Lunatic asylums Burma 1907-21 - 1907-1921
Year: 1907
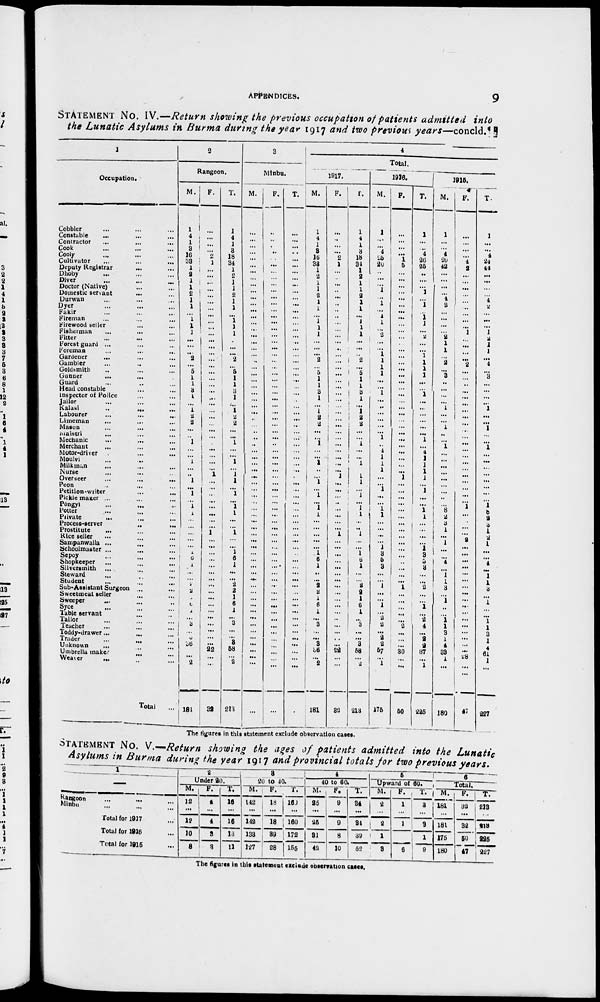
APPENDICES.
9
STATEMENT No. IV.—Return showing the previous occupation of patients admitted into
the Lunatic Asylums in Burma during the year 1917 and two previous years—concld.
1
Occupation.
Cobbler ... ... ...
Constable
...
...
...
Contractor ... ... ...
Cook ... ... ...
Cooly ... ... ...
Cultivator ... ... ...
Deputy Registrar ... ...
Dhoby ... ... ...
Diver
...
...
...
Doctor (Native)
...
...
Domestic servant ... ...
Durwan
...
...
...
Dyer ... ... ...
Fakir ... ... ...
Fireman ... ... ...
Firewood seller ... ... ...
Fisherman
...
...
...
Fitter ... ... ...
Forest guard ... ... ...
Foreman ... ... ...
Gardener ... ... ...
Gambler ... ... ...
Goldsmith ... ... ...
Gunner
...
...
...
Guard ... ... ...
Head constable ... ... ...
Inspector of Police ... ...
Jailor ... ... ...
Kalasi
...
...
...
Labourer ... ... ...
Limeman ... ... ...
Mason ... ... ...
Maistri ... ... ...
Mechanic ... ... ...
Merchant ... ... ...
Motor-driver ... ... ...
Moulvi ... ... ...
Milkman ... ... ...
Nurse ... ... ...
Overseer
...
...
...
Peon ... ... ...
Petition-writer ... ... ...
Pickle maker ... ... ...
Pôngyi ... ... ...
Potter ... ... ...
Private ... ... ...
Process-server
...
...
...
Prostitute ... ... ...
Rice seller ... ... ...
Sampanwalia
...
...
...
Schoolmaster
...
...
...
Sepoy ... ... ...
Shopkeeper ... ... ...
Silversmith ... ... ...
Steward ... ... ...
Student ... ... ...
Sub-Assistant Surgeon... ...
Sweetmeat seller ... ...
Sweeper ... ... ...
Syce ... ... ...
Table servant ... ... ...
Tailor ... ... ...
Teacher ... ... ...
Toddy-drawer ... ... ...
Trader
...
...
...
Unknown ... ... ...
Umbrella maker... ... ...
Weaver ... ... ...
Total
...
2
Rangoon.
M.
1
4
1
3
16
33
1
2
1
1
2
1
1
...
1
1
1
...
...
...
2
...
5
1
1
3 1
...
1
2
2
...
...
1
...
...
1
...
...
1
...
1
...
1
1
...
...
...
...
...
1
6
1
...
...
2
2
1
6
1
...
3
...
...
3
36
...
2
181
F.
...
...
...
...
2
1
...
...
...
...
...
...
...
...
...
...
...
... ...
...
... ...
...
...
...
...
...
...
...
...
...
...
...
...
...
...
...
...
1
...
...
...
...
...
...
...
...
1
...
...
...
...
...
...
...
...
...
...
...
...
...
...
...
...
...
22
...
...
32
T.
1
4
1
3
18
34
1
2
1
1
2
1
1
...
1
1
1
...
...
...
2
...
5
1
1
3
1
...
1
2
2
...
...
1
...
...
1
...
1
1
...
1
...
1
1
...
...
1
...
...
1
6
1
...
...
2
2
1
6
1
...
3
... ...
3
58
...
2
213
3
Minbu.
M.
...
...
...
...
...
...
...
...
...
...
...
...
...
...
...
...
...
...
...
...
...
...
...
...
...
...
...
...
...
...
...
...
...
...
...
...
...
...
...
...
...
...
...
...
...
...
...
...
...
...
...
...
...
...
...
...
...
...
...
...
...
...
...
...
...
...
...
...
...
F.
...
...
...
...
...
...
...
...
...
...
...
...
...
...
...
...
...
...
...
...
...
...
...
...
...
...
...
...
...
...
...
...
...
...
...
...
...
...
...
...
...
...
...
...
...
...
...
...
...
...
...
...
...
...
...
...
...
...
...
...
...
...
...
...
...
...
...
...
...
T.
...
...
...
...
...
...
...
...
...
...
...
...
...
...
...
...
...
...
...
...
...
...
...
...
...
...
...
...
...
...
...
...
...
...
...
...
...
...
...
...
...
...
...
...
...
...
...
...
...
...
...
...
...
...
...
...
...
...
...
...
...
...
...
...
...
...
...
...
...
4
Total.
1917.
M.
1
4
1
3
16
33
1
2
1
1
2
1
1
... 1
1
1
...
...
...
2
...
5
1
1
3
1
...
1
2
2
...
...
1
...
...
1
...
...
1
...
1
...
1
1
...
...
...
...
...
1
6
1
...
...
2
2
1
6
1
...
3
...
...
3
36
...
2
181
F.
...
..
...
...
2
1
...
..
...
...
...
...
...
...
...
...
...
...
...
...
...
...
...
...
...
...
...
...
...
...
...
...
...
...
...
...
...
...
1
...
...
...
...
...
...
...
...
1
...
...
...
...
...
...
...
...
...
...
...
...
...
...
...
...
...
22
...
...
32
T.
1
4
1
3
18
34
1
2
1
1
2
1
1
...
1
1
1
...
...
..
2
...
5
1
1
3 1
...
1
2
2
...
...
1
...
...
1
...
1
1
...
1
...
1
1
...
...
1
...
...
1
6
1
... ... 2
2
1
6
1
...
3
...
...
3
58
...
2
213
1916.
M.
1
...
...
4
25
20
..
...
...
1
...
1
...
1
1
...
2
...
...
1
1
1
1
...
...
1
...
...
...
...
...
...
1
...
4
1
1
1
...
...
1
...
...
1
1
...
...
...
...
1
3
5
3
...
...
1
...
...
1
...
2
2
...
2
2
57
...
1
176
F.
...
...
...
...
1
5
...
...
...
...
...
...
...
...
...
...
...
...
...
...
...
...
...
...
...
...
...
...
...
...
...
...
...
...
...
...
...
...
1
...
...
...
...
...
...
...
...
...
...
...
...
...
...
...
...
1
...
...
...
...
...
2
... ...
...
30
...
...
50
T.
1
...
...
4
26
25
...
...
...
1
...
1
...
1 1
...
2
...
...
1
1
1
1
...
...
1
...
...
...
...
...
...
1
...
4
1
1
1
1
...
1
...
...
1
1
...
...
...
...
1 3
5
3
...
...
2
...
...
1
...
2
4
...
2
2
87
...
1
225
1915.
M.
1
...
...
4
20
42
...
...
...
...
4
2
...
...
...
...
2
1
1
...
2
...
3
...
...
...
...
1
...
...
1
...
...
1
...
...
...
...
...
...
...
...
...
8
2
3
1
2
1
...
...
4
...
1 1
3
...
1
...
...
1 1
3
1
4
33
1
...
180
F.
...
...
...
...
4
2
...
...
...
...
...
...
...
...
...
1
...
...
...
...
2
...
...
...
...
...
...
...
...
...
...
...
...
...
...
...
...
...
...
...
...
...
1
...
...
...
...
...
...
...
...
...
...
...
...
...
...
...
...
...
...
...
...
...
...
28
...
...
47
T.
1
...
...
4
24
44
...
...
...
...
4
2
...
...
...
1
2
1
1
...
4
...
3
...
...
...
...
1
...
...
1
...
...
1
...
...
...
...
...
...
...
...
1 8
2 3
1
2
1
...
...
4
...
1
1
3
...
1
...
...
1
1
3
1
4
61
1
...
227
The figures in this statement exclude observation cases.
STATEMENT No. V.—Return showing the ages of patients admitted into the Lunatic
Asylums in Burma during the year 1917 and provincial totals for two previous years.
1
—
Rangoon ... ... ...
Minbu ... ... ...
Total for 1917 ...
Total for 1916 ...
Total for 1915 ...
2
Under 90.
M.
12
...
12
10
8
F.
4
...
4
3
3
T.
16
...
16
13
11
3
20 to 40.
M.
142
...
142
133
127
F.
18
...
18
39
28
T.
160
...
160
172
155
4
40 to 60.
M.
25
...
25
31
42
F.
9
...
9
8
10
T.
34
...
34
39
52
5
Upward of 60.
M.
2
...
2
1
3
F.
1
...
1
...
6
T.
3
...
3
1
9
6
Total.
M.
181
...
181
175
180
F.
32
...
32
50
47
T.
213
...
213
225
227
The figures in this statement exclude observation cases.